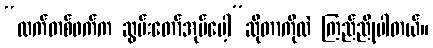
“လက်တစ်ဖက်က ဆွမ်းတော်အုပ်ပေါ့”ဆိုတာကိုလဲ ကြည်ညိုပါတယ်။